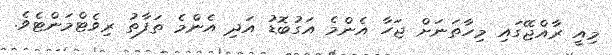
މިއީ ރާއްޖޭގައި މިހާތަނަށް ޖަހާ އެންމެ އަގުބޮޑު އަދި އެންމެ ތަފާތު ރިވެޓްމަންޓެވެ.